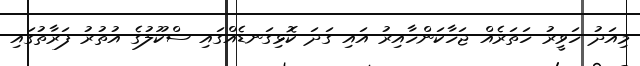
މިއަދު ހަވީރު ހަތަރެއް ޖަހާކަންހާއިރު އައި ގަދަ ކޮޅިގަނޑެއްގައި ސްކޫލުގެ އުތުރު ފަރާތުގައި